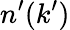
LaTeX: n^{\prime}(k^{\prime})